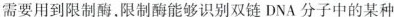
需要用到限制酶，限制酶能够识别双链DNA分子中的某种